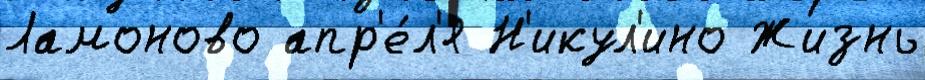
Ламоново апр'е́л'я Н'икул'ино Жизнь